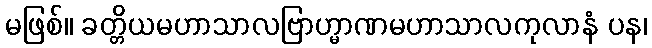
မဖြစ်။ ခတ္တိယမဟာသာလဗြာဟ္မာဏမဟာသာလကုလာနံ ပန၊